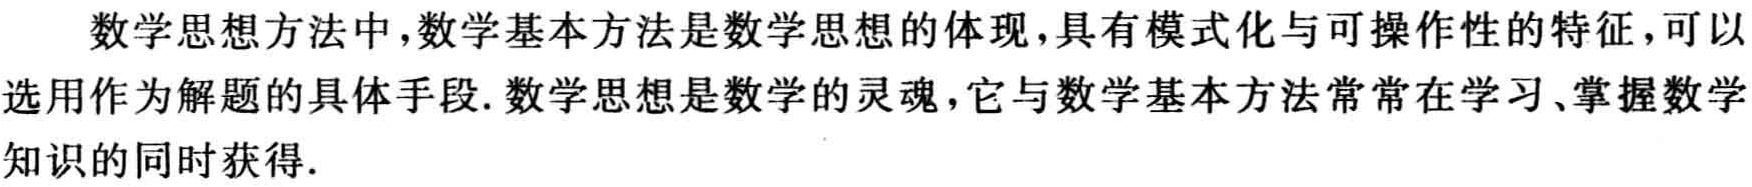
数学思想方法中，数学基本方法是数学思想的体现，具有模式化与可操作性的特征，可以选用作为解题的具体手段. 数学思想是数学的灵魂，它与数学基本方法常常在学习、掌握数学知识的同时获得.